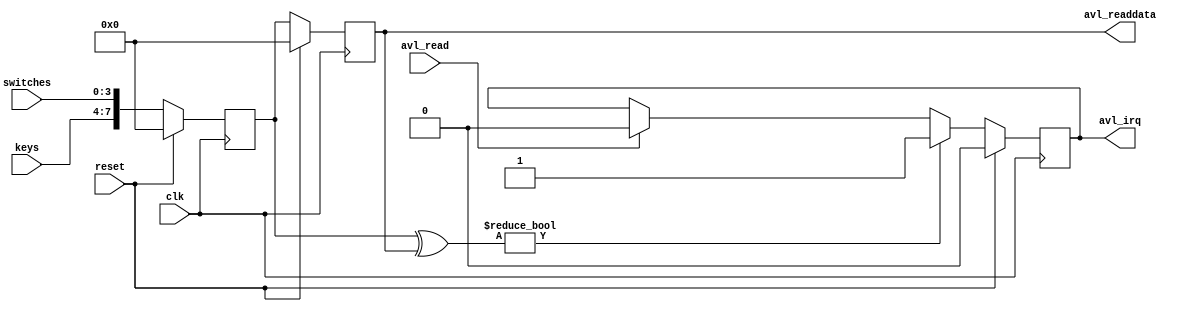
module user_input_device (
    input clk,
    input reset,
    input [3:0] keys,
    input [3:0] switches,

    output avl_irq,
    input  avl_read,
    output [7:0] avl_readdata
);

reg [7:0] cur_inputs;
reg [7:0] last_inputs;
wire [7:0] changed_inputs = cur_inputs ^ last_inputs;

reg irq;

assign avl_irq = irq;
assign avl_readdata = last_inputs;

always @(posedge clk) begin
    if (reset) begin
        cur_inputs <= 8'd0;
        last_inputs <= 8'd0;
        irq <= 1'b0;
    end else begin
        cur_inputs <= {keys, switches};
        last_inputs <= cur_inputs;
        if (changed_inputs != 8'd0)
            irq <= 1'b1;
        else if (avl_read)
            irq <= 1'b0;
    end
end

endmodule